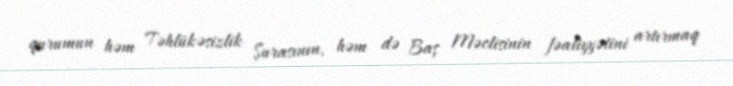
qurumun həm Təhlükəsizlik Şurasının, həm də Baş Məclisinin fəaliyyətini artırmaq